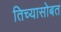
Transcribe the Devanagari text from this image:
तिच्यासोबत